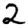
Digit: 2